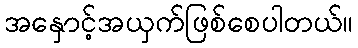
အနှောင့်အယှက်ဖြစ်စေပါတယ်။